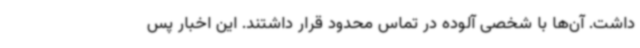
داشت. آن‌ها با شخصی آلوده در تماس محدود قرار داشتند. این اخبار پس